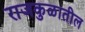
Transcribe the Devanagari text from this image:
राजकुळातील